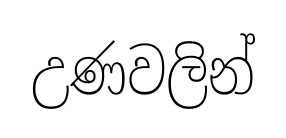
උණවලින්